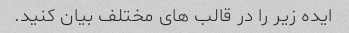
ایده زیر را در قالب های مختلف بیان کنید.